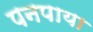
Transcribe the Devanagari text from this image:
पनपाया